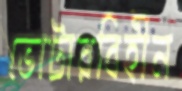
ভোটারবিহীন